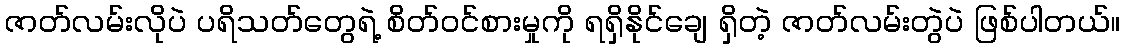
ဇာတ်လမ်းလိုပဲ ပရိသတ်တွေရဲ့ စိတ်ဝင်စားမှုကို ရရှိနိုင်ချေ ရှိတဲ့ ဇာတ်လမ်းတွဲပဲ ဖြစ်ပါတယ်။